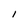
Character: l